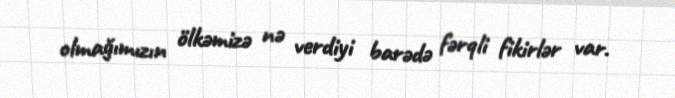
olmağımızın ölkəmizə nə verdiyi barədə fərqli fikirlər var.